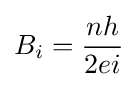
B_{i}={\frac {nh}{2ei}}